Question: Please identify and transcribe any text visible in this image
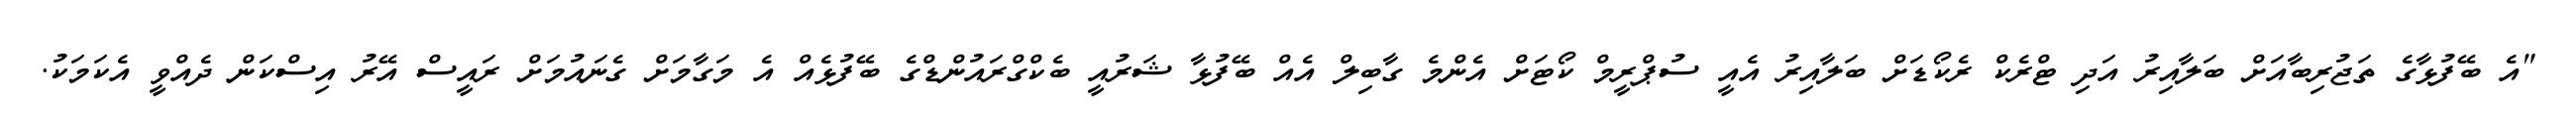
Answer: "އެ ބޭފުޅާގެ ތަޖުރިބާއަށް ބަލާއިރު އަދި ޓްރެކް ރެކޯޑަށް ބަލާއިރު އެއީ ސުޕްރީމް ކޯޓަށް އެންމެ ގާބިލް އެއް ބޭފުޅާ ޝަރުއީ ބެކްގްރައުންޑްގެ ބޭފުޅެއް އެ މަގާމަށް ގެނައުމަށް ރައީސް އޭރު އިސްކަން ދެއްވީ އެކަމަކު.